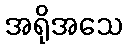
အရိုအသေ